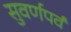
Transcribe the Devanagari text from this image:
सुवर्णपर्व